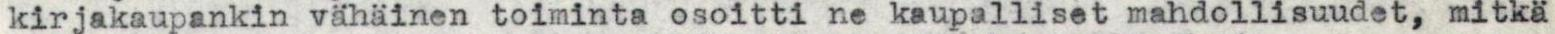
kirjakaupankin vähäinen toiminta osoitti ne kaupalliset mahdollisuudet, mitkä